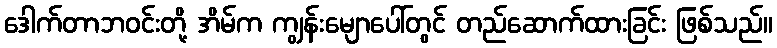
ဒေါက်တာဘဝင်းတို့ အိမ်က ကျွန်းမျောပေါ်တွင် တည်ဆောက်ထားခြင်း ဖြစ်သည်။